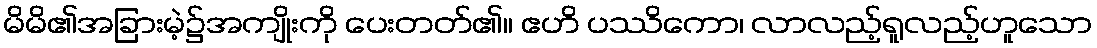
မိမိ၏အခြားမဲ့၌အကျိုးကို ပေးတတ်၏။ ဧဟိ ပဿိကော၊ လာလည့်ရူလည့်ဟူသော